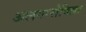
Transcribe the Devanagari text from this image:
अलगारोविल्ला